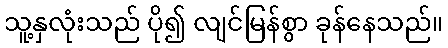
သူ့နှလုံးသည် ပို၍ လျင်မြန်စွာ ခုန်နေသည်။